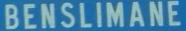
BENSILIMANE